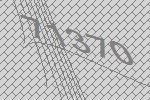
71370